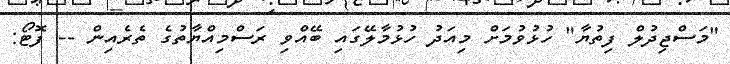
"މަސްޖިދުލް ފިތުޔާ" ހުޅުވުމަށް މިއަދު ހުޅުމާލޭގައި ބޭއްވި ރަސްމިއްޔާތުގެ ތެރެއިން -- ފޮޓޯ: